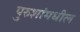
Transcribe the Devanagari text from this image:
पुरुशांमधील